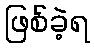
ဖြစ်ခဲ့ရ